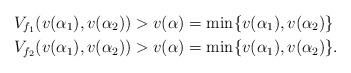
LaTeX: \begin{align*} &V_{f_1}(v(\alpha_1), v(\alpha_2))>v(\alpha)=\min \{v(\alpha_1), v(\alpha_2)\} \\ &V_{f_2}(v(\alpha_1), v(\alpha_2))> v(\alpha)=\min \{v(\alpha_1), v(\alpha_2)\}. \end{align*}